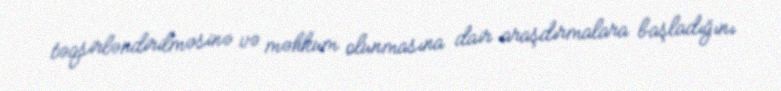
təqsirləndirilməsinə və məhkum olunmasına dair araşdırmalara başladığını